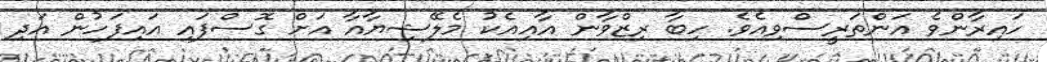
ހައިރާންވެ އަންތަރީސްވިއެވެ. ހިބާ ރިޒްވާން އާއިއެކު މެލޭޝިޔާއާ އަށް ގޮސްފައި އައިފަހުން އަދި